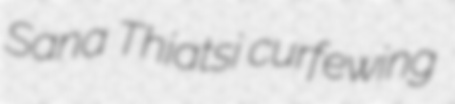
Sana Thiatsi curfewing